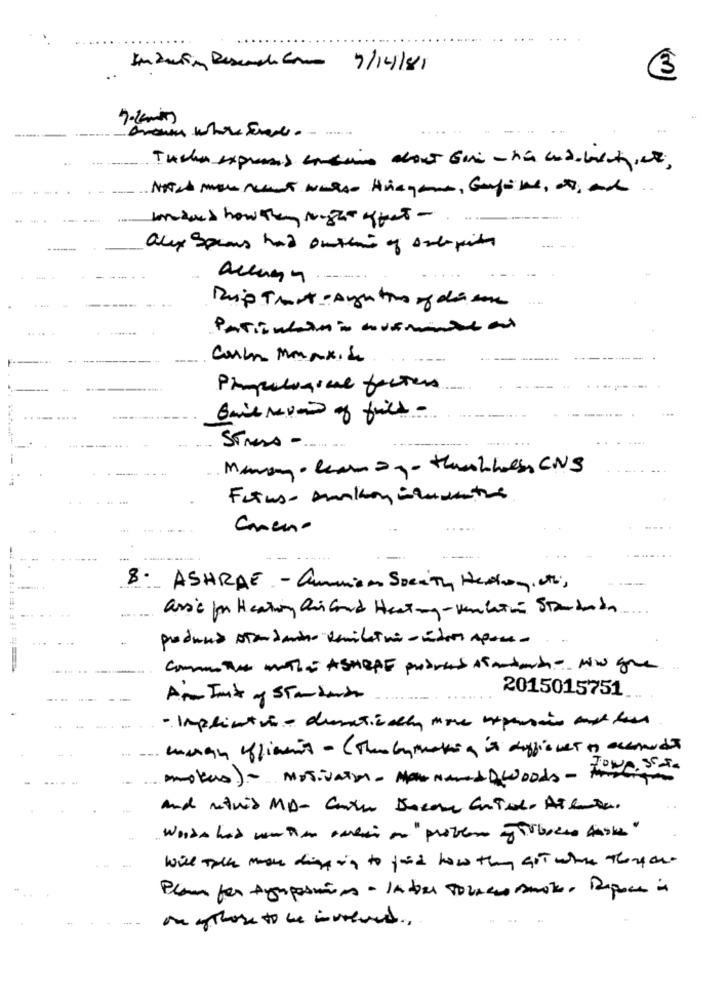
Induction Research. como 7/14/81
3
7-2min
.-
Tucher express concerns about Gavi - si endobeloti,ali,
alex Splans had outhan of salepits
....
Patiencerio avementeal
----
Carla Maxxi &
Pimcologiae factors
.......
Bis rue of fils -
Stress -
Fetus- smakoniquethe
Comeno
--
8. ASHRAE - Gummiom Soeith Hedley, oth,
.....
ass'è for Heating Quis Gard Heating-Kanketon Standards
prodund standamino smiletra -idari space-
Comme the mother ASHOPE pobres standard Ni gove.
2015015751
An In't of Standards
wann iflimit - ( Theolymmaking is difficult of accounts
mokers) - motivation - Man named QWoods - frigo
and metuis MD- Conta Bocane Criado Atleta.
Words had wathion candai ano " protens of Tobacco baske"
Will talk more digging to find how they Got when Theyche
Plan for Agruposmiss - In dora TOZACHO smoTe. Dipace in
on g those to be involved ..